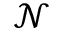
\mathcal { N }